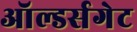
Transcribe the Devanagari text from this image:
ऑल्डर्सगेट